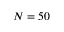
N = 5 0